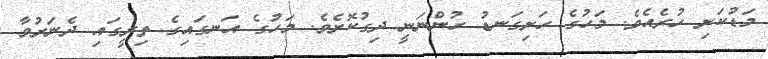
މަޑުކަށި ހުރެއެވެ. މަހުގެ ހަށިގަނޑު ހުންނަނީ ދިގުކޮށެވެ. މަހުގެ އަނގައިގެ ތިރީގައި ދެނަރުވާ